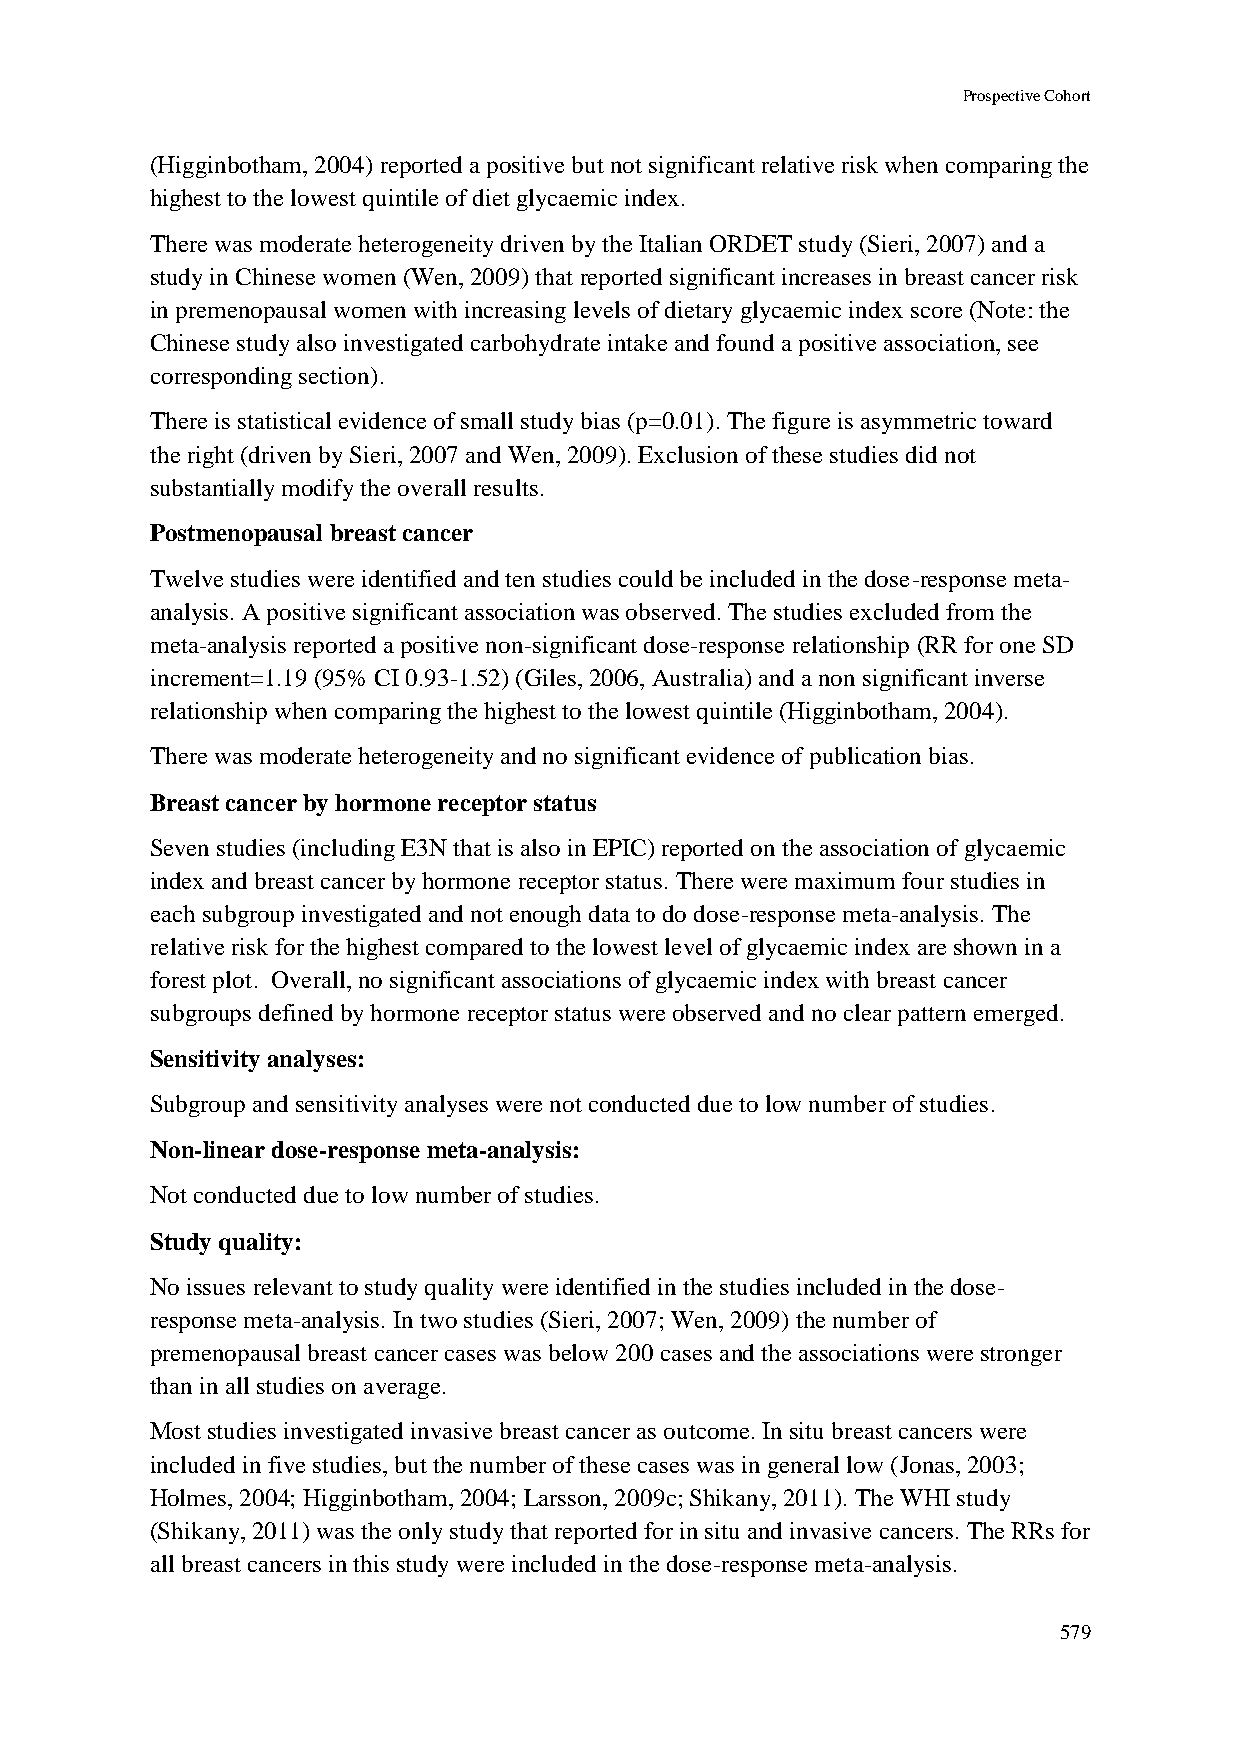
Prospective Cohort
 (Higginbotham, 2004) reported a positive but not significant relative risk when comparing the
 highest to the lowest quintile of diet glycaemic index.
 There was moderate heterogeneity driven by the Italian ORDET study (Sieri, 2007) and a
 study in Chinese women (Wen, 2009) that reported significant increases in breast cancer risk
 in premenopausal women with increasing levels of dietary glycaemic index score (Note: the
 Chinese study also investigated carbohydrate intake and found a positive association, see
 corresponding section).
 There is statistical evidence of small study bias (p=0.01). The figure is asymmetric toward
 the right (driven by Sieri, 2007 and Wen, 2009). Exclusion of these studies did not
 substantially modify the overall results.
 Postmenopausal breast cancer
 Twelve studies were identified and ten studies could be included in the dose-response meta-
 analysis. A positive significant association was observed. The studies excluded from the
 meta-analysis reported a positive non-significant dose-response relationship (RR for one SD
 increment=1.19 (95% CI 0.93-1.52) (Giles, 2006, Australia) and a non significant inverse
 relationship when comparing the highest to the lowest quintile (Higginbotham, 2004).
 There was moderate heterogeneity and no significant evidence of publication bias.
 Breast cancer by hormone receptor status
 Seven studies (including E3N that is also in EPIC) reported on the association of glycaemic
 index and breast cancer by hormone receptor status. There were maximum four studies in
 each subgroup investigated and not enough data to do dose-response meta-analysis. The
 relative risk for the highest compared to the lowest level of glycaemic index are shown in a
 forest plot. Overall, no significant associations of glycaemic index with breast cancer
 subgroups defined by hormone receptor status were observed and no clear pattern emerged.
 Sensitivity analyses:
 Subgroup and sensitivity analyses were not conducted due to low number of studies.
 Non-linear dose-response meta-analysis:
 Not conducted due to low number of studies.
 Study quality:
 No issues relevant to study quality were identified in the studies included in the dose-
 response meta-analysis. In two studies (Sieri, 2007; Wen, 2009) the number of
 premenopausal breast cancer cases was below 200 cases and the associations were stronger
 than in all studies on average.
 Most studies investigated invasive breast cancer as outcome. In situ breast cancers were
 included in five studies, but the number of these cases was in general low (Jonas, 2003;
 Holmes, 2004; Higginbotham, 2004; Larsson, 2009c; Shikany, 2011). The WHI study
 (Shikany, 2011) was the only study that reported for in situ and invasive cancers. The RRs for
 all breast cancers in this study were included in the dose-response meta-analysis.
 579